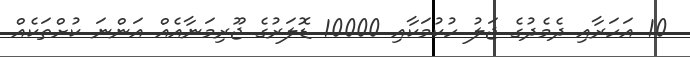
10 އަހަރާއި ދެމެދުގެ ޖަލު ހުކުމަކާއި 10000 ޑޮލަރުގެ ޖޫރިމަނާއެއް އަންނަ ކުށްތަކެއް